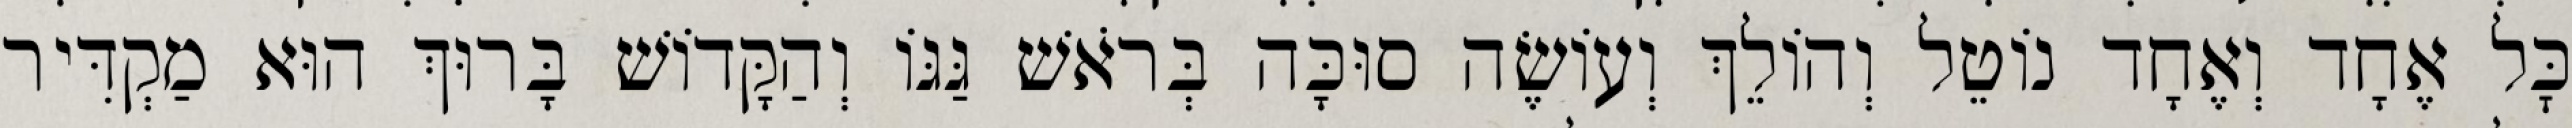
כׇּל אֶחָד וְאֶחָד נוֹטֵל וְהוֹלֵךְ וְעוֹשֶׂה סוּכָּה בְּרֹאשׁ גַּגּוֹ וְהַקָּדוֹשׁ בָּרוּךְ הוּא מַקְדִּיר